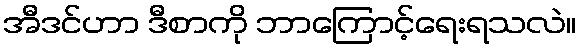
အီဒင်ဟာ ဒီစာကို ဘာကြောင့်ရေးရသလဲ။